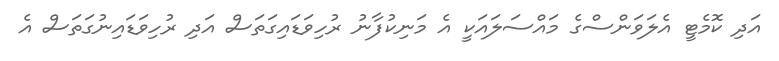
އަދި ކޮމެޓީ އެލަވަންސްގެ މައްސަލައަކީ އެ މަނިކުފާނު ރުހިވަޑައިގަތަސް އަދި ރުހިވަޑައިނުގަތަސް އެ